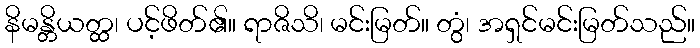
နိမန္တိယတ္ထ၊ ပင့်ဖိတ်၏။ ရာဇိသိ၊ မင်းမြတ်။ တွံ၊ အရှင်မင်းမြတ်သည်။